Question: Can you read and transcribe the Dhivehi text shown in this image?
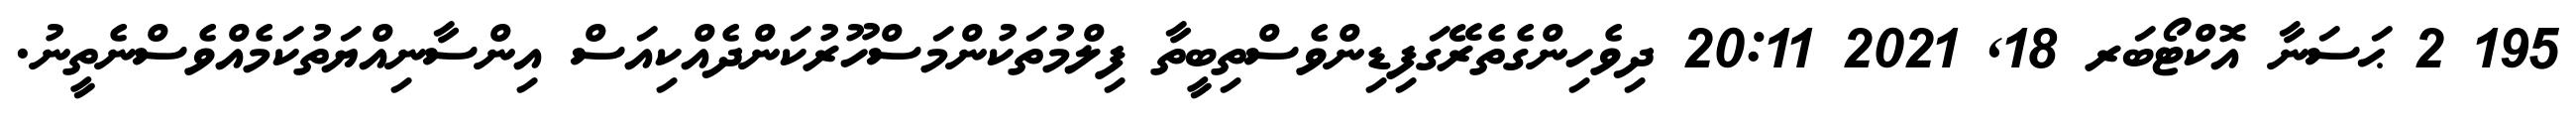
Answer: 195 2 ޙަސަނާ އޮކްޓޯބަރ 18, 2021 20:11 ދިވެހިންގެތެރޭގަފިޑިންވެސްތިބީތާ ފިލްމުތަކުންމަސްހޫރުކަންދެއްކިއަސް އިންސާނިއްޔަތުކަމެއްވެސްނެތީނު.